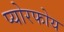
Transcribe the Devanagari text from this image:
प्योरफोय